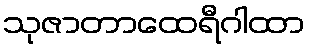
သုဇာတာထေရီဂါထာ